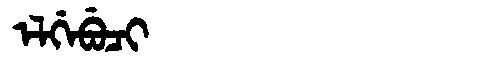
Manchu: ᡝᠯᡤᡝᠪᡠᠴᡳ
Romanization: ELGEBUCI